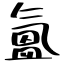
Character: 氳